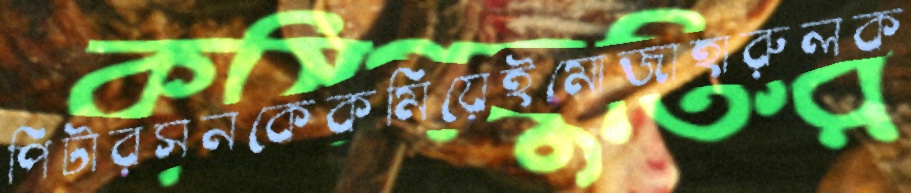
পিটারসনকেকমিয়েইমোজাহারুলক